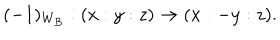
LaTeX: ( - 1 ) _ { W _ { B } } : ( x : y : z ) \to ( x : - y : z ) .